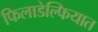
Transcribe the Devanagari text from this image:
फिलाडेल्फियात